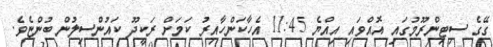
ގޭގެ ސިޓިންރޫމުގައި އޮއްވައި އިއްޔެ 11:45 އެހާކަންހާއިރު ކަމަށް ރަކީދޫ ކައުންސިލުން ބުންޏެވެ.